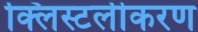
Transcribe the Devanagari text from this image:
क्लिस्टलीकरण